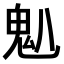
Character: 𫙈